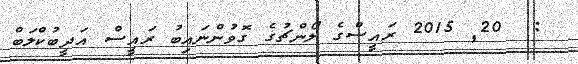
:  20